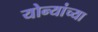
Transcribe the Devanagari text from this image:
योन्यांच्या